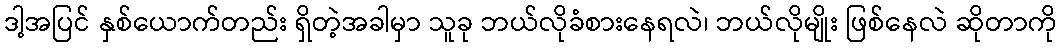
ဒါ့အပြင် နှစ်ယောက်တည်း ရှိတဲ့အခါမှာ သူခု ဘယ်လိုခံစားနေရလဲ၊ ဘယ်လိုမျိုး ဖြစ်နေလဲ ဆိုတာကို